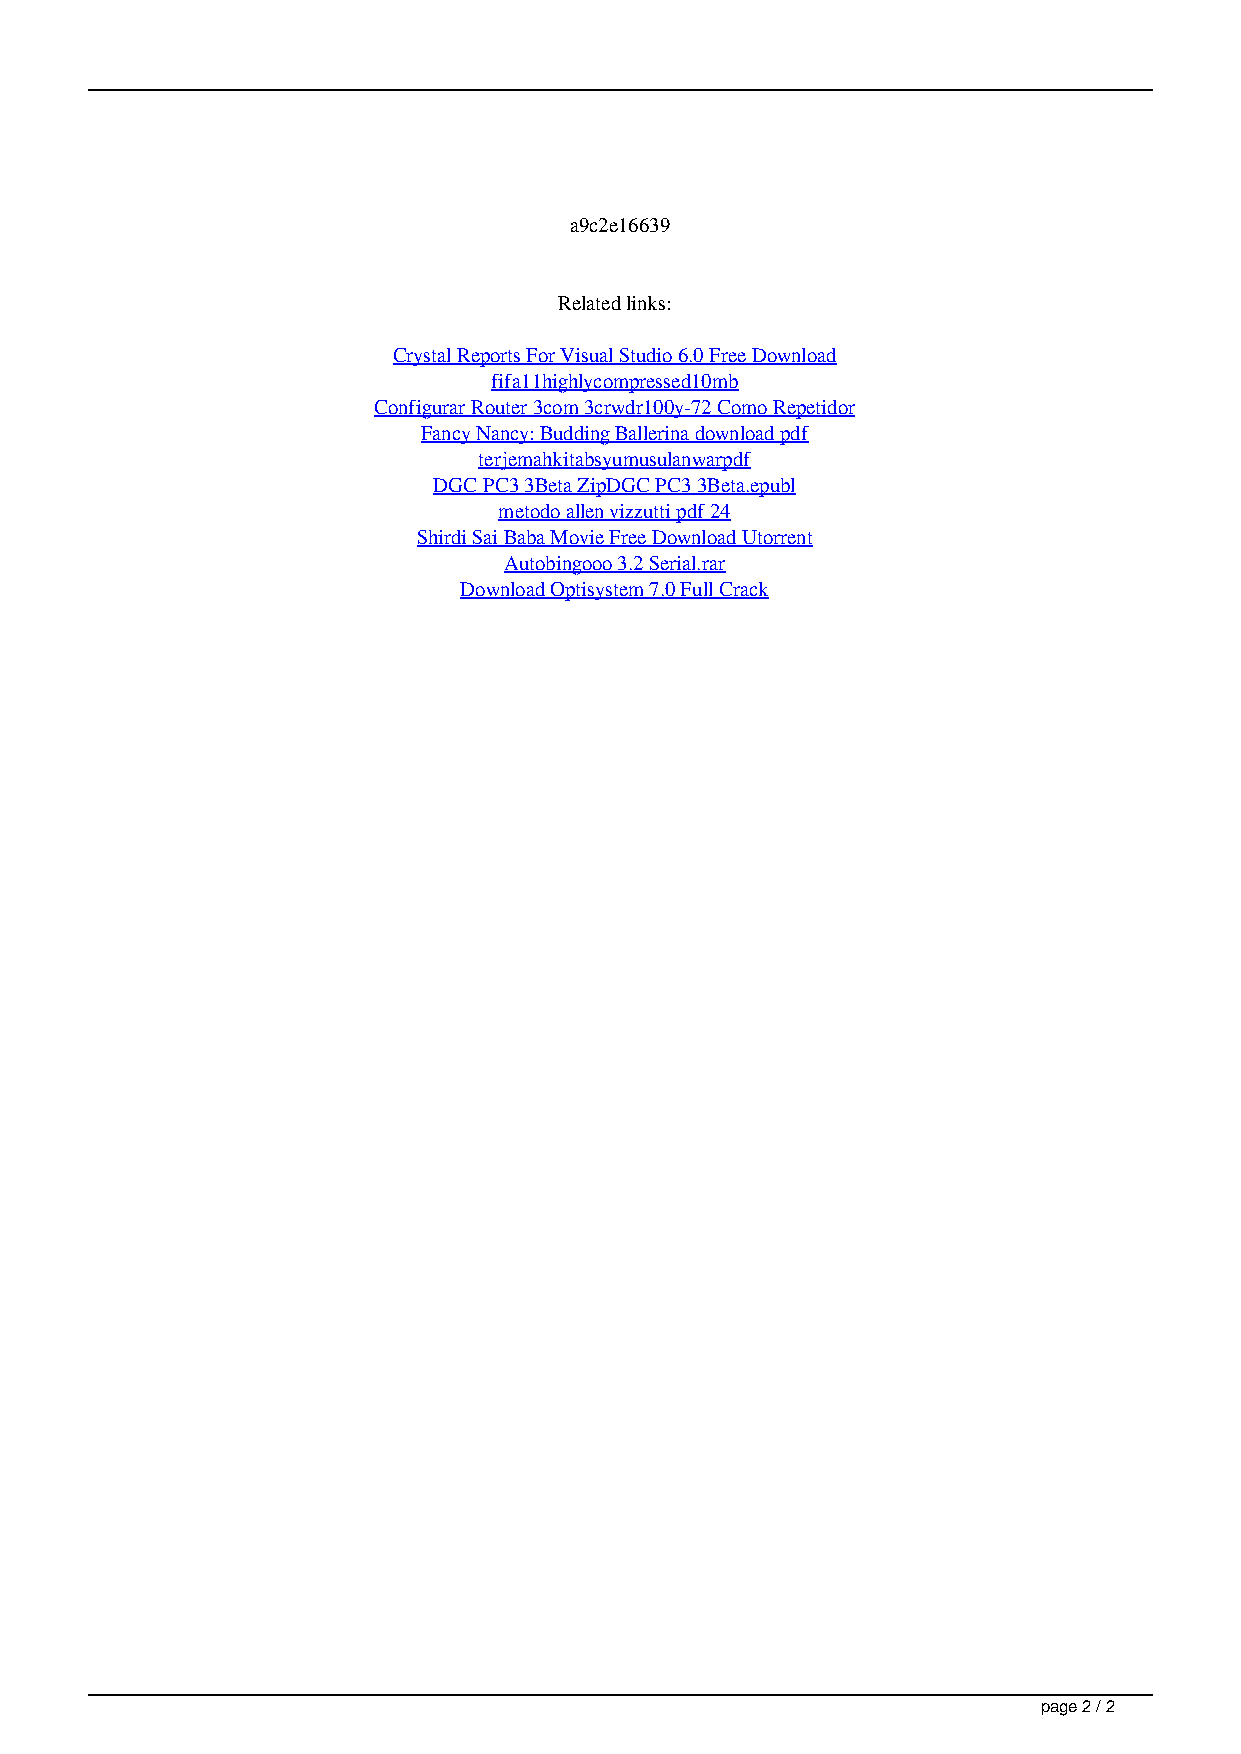
a9c2e16639
 Related links:
 Crystal Reports For Visual Studio 6.0 Free Download
 fifa11highlycompressed10mb
 Configurar Router 3com 3crwdr100y-72 Como Repetidor
 Fancy Nancy: Budding Ballerina download pdf
 terjemahkitabsyumusulanwarpdf
 DGC PC3 3Beta ZipDGC PC3 3Beta.epubl
 metodo allen vizzutti pdf 24
 Shirdi Sai Baba Movie Free Download Utorrent
 Autobingooo 3.2 Serial.rar
 Download Optisystem 7.0 Full Crack
 page 2 / 2
 Katy Perry Teenage Dream The Complete Confection Zip aureate libertadores diapositivas duermete navidena